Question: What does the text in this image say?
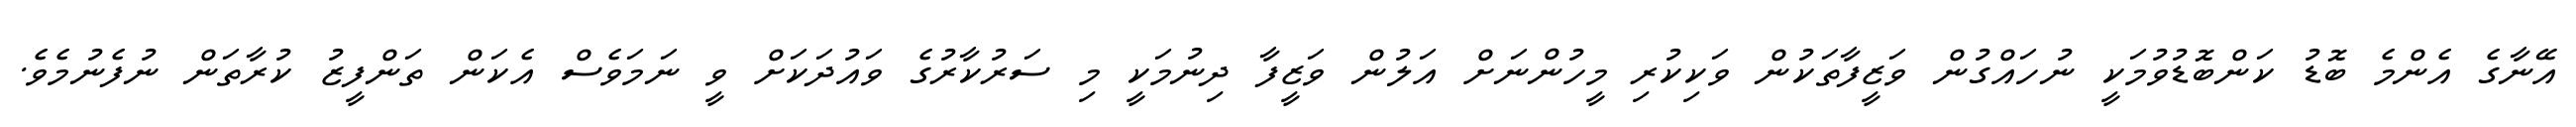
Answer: އޭނާގެ އެންމެ ބޮޑު ކަންބޮޑުވުމަކީ ނުހައްގުން ވަޒީފާތަކުން ވަކިކުރި މީހުންނަށް އަލުން ވަޒީފާ ދިނުމަކީ މި ސަރުކާރުގެ ވައުދަކަށް ވީ ނަމަވެސް އެކަން ތަންފީޒު ކުރާތަން ނުފެނުމެވެ.